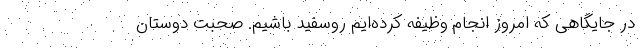
در جایگاهی که امروز انجام وظیفه کرده‌ایم روسفید باشیم. صحبت دوستان